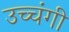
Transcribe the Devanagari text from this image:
उच्चंगी